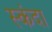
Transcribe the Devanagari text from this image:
स्कंदा